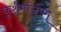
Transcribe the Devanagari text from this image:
कुशैर्मार्जनम्